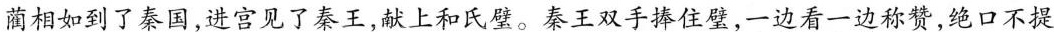
蔺相如到了秦国，进宫见了秦王，献上和氏璧。秦王双手捧住壁，一边看一边称赞，绝口不提